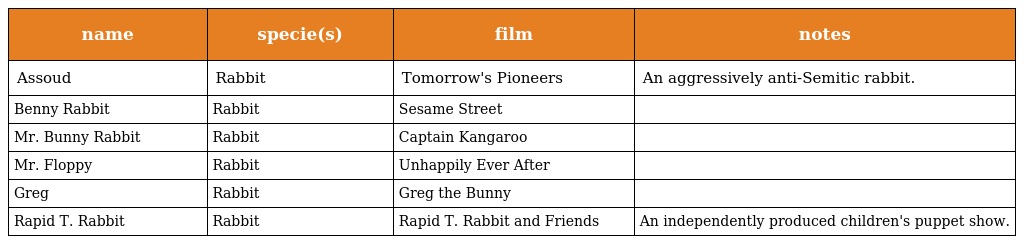
| name | specie(s) | film | notes |
 | --- | --- | --- | --- |
 | Assoud | Rabbit | Tomorrow's Pioneers | An aggressively anti-Semitic rabbit. |
 | Benny Rabbit | Rabbit | Sesame Street |  |
 | Mr. Bunny Rabbit | Rabbit | Captain Kangaroo |  |
 | Mr. Floppy | Rabbit | Unhappily Ever After |  |
 | Greg | Rabbit | Greg the Bunny |  |
 | Rapid T. Rabbit | Rabbit | Rapid T. Rabbit and Friends | An independently produced children's puppet show. |